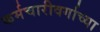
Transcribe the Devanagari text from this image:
कर्मचारीवर्गाच्या